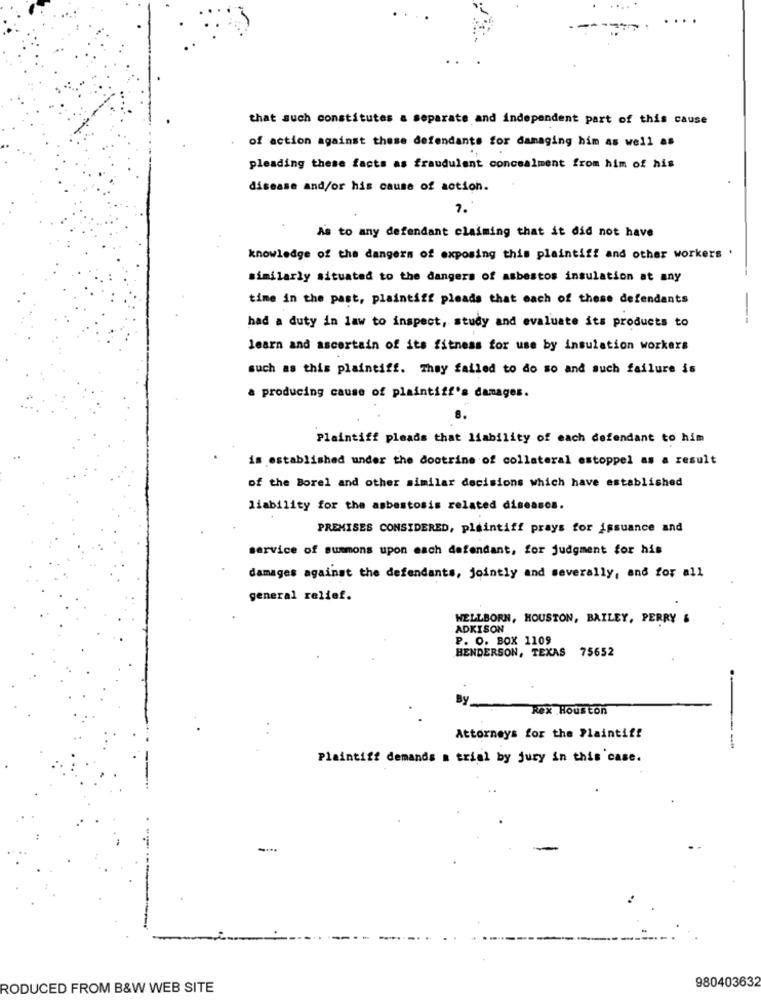
that such constitutes a separate and independent part of this cause
of action against these defendants for damaging him as well as
pleading these facts as fraudulent concealment from him of his
disease and/or his cause of action.
1.
As to any defendant claiming that it did not have
knowledge of the dangers of exposing this plaintiff and other workers '
similarly situated to the dangers of asbestos insulation at any
time in the past, plaintiff pleads that each of these defendants
had a duty in law to inspect, study and evaluate its products to
learn and ascertain of its fitness for use by insulation workers
such as this plaintiff. They failed to do so and such failure is
a producing cause of plaintiff's damages.
8.
Plaintiff pleads that liability of each defendant to him
is established under the doctrine of collateral estoppel as a result
of the Borel and other similar decisions which have established
liability for the asbestosis related diseases.
PREMISES CONSIDERED, plaintiff prays for issuance and
service of summons upon each defendant, for judgment for his
damages against the defendants, jointly and severally, and for all
general relief.
WELLBORN, HOUSTON, BAILEY, PERRY &
ADKISON
P. O. BOX 1109
HENDERSON, TEXAS 75652
By
Rex Houston
Attorneys for the Plaintiff
Plaintiff demands a trial by jury in this case.
980403632
RODUCED FROM B&W WEB SITE